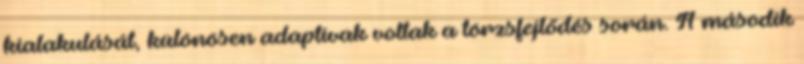
kialakulását, különösen adaptívak voltak a törzsfejlődés során. A második